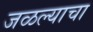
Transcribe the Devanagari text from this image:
जळल्याचा